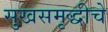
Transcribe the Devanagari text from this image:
सुखसमृद्धीचे